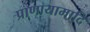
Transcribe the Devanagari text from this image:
प्राणायामादि